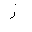
Letter: _zay